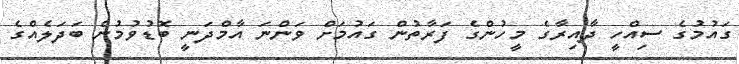
ގައުމުގެ ސިއްހީ ދާއިރާގެ މީހުންގެ ފަރާތުން ގައުމަށް ވަންނަ އާމްދަނީ ބޮޑުވުމުން ބަދަލެއްގެ